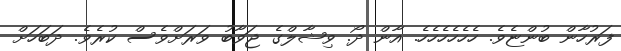
ފަރުހާން ބުންޏެވެ. ހެހެހެހެހެހެ. އާން ދޯ. ވިޝާލްގެ ޖަވާބު ވަރަށްވެސް ކުރެވެ. ދަބަހަށް